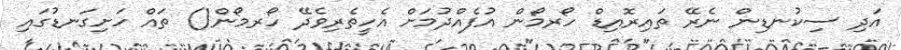
އަދި ސިކުނޑިން ނެރޭ ތައިރޮއިޑް ހޯރމޯން އުފެއްދުމަށް އެހީތެރިވެދޭ ހޯރމޯން() ތައް ހަށިގަނޑުގައި